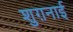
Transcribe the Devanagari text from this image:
शुग़नाई